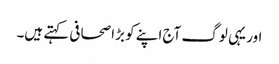
اور یہی لوگ آج اپنے کو بڑا صحافی کہتے ہیں۔